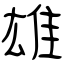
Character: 雄